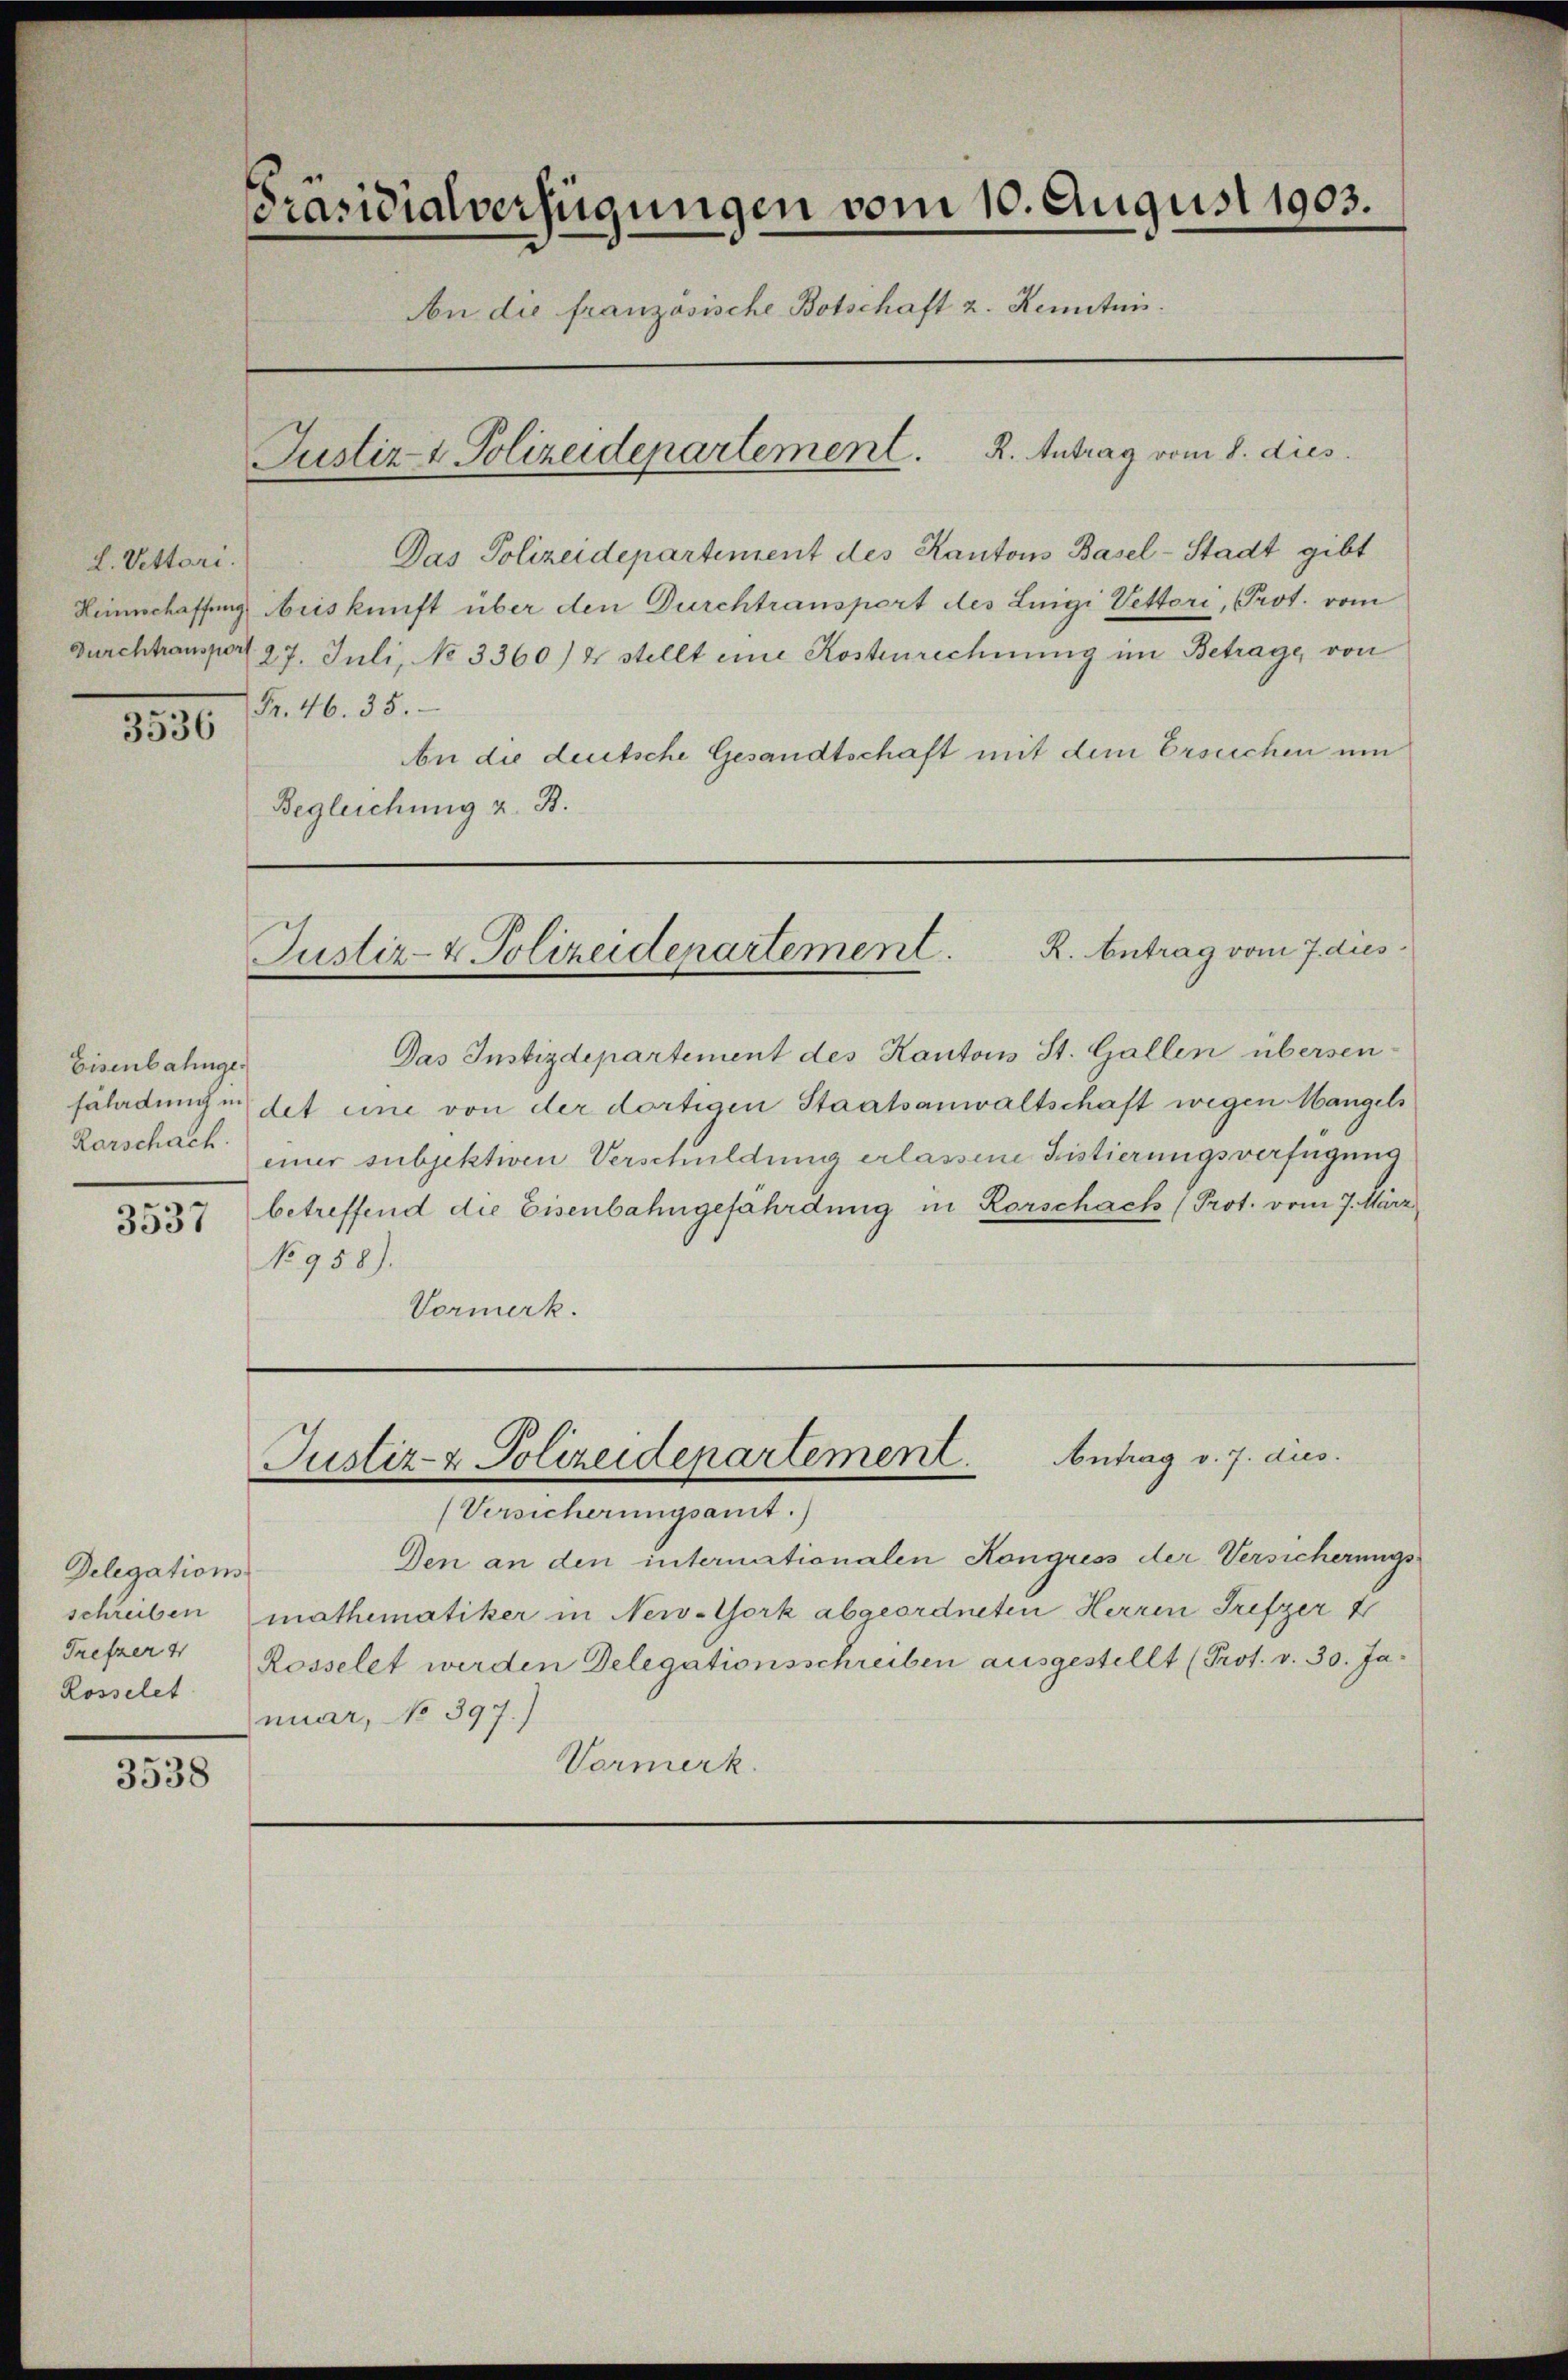
L. Vettari.
3536

Eisenbahnge.
Karschach
3537

Delegations
schreiben
Frefzer 4
Rosselet
3538

Präsidialverfügungen vom 10. August 1903.
An die französische Botschaft z. Kenntnis.
Justiz & Polizeidepartement. K. Antrag vom 8. dies

Das Polizeidepartement des Kantons Basel-Stadt gibt
Leinschaffung beiskunft über den Durchtransport des Luigi Vettori, Prot. vom
Durchtransport 27. Juli, No 3360) & stellt eine Kostenrechnung im Betrage, von
Fr. 46. 35.
An die deutsche Gesandtschaft mit dem Ersuchen um
Begleichung z. B.

Justiz- & Polizeidepartement. K. Antrag vom 7. dies

Das Instizdepartement des Kantons St. Gallen übersen-
saladungendet eine von der dortigen Staatsanwaltschaft wegen Mangels
einer subjektiven Verschuldung erlassene Fristierungsverfügung
betreffend die Eisenbahngefährdung in Rorschach (Prot. vom 7. März
No 958.
Vormerk.

Justiz- & Polizeidepartement. Antrag v. 7. dus.
(Versicherungsamt.)

Den an den internationalen Kongress der Versicherungs-
mathematiker in New-York abgeordneten Herren Trifzer
Rosselet werden Delegationsschreiben ausgestellt (Prot. v. 30. Januar, No 397.)
Vormerk.